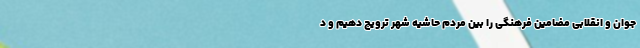
جوان و انقلابی مضامین فرهنگی را بین مردم حاشیه شهر ترویج دهیم و د